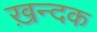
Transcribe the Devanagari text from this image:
ख़न्दक